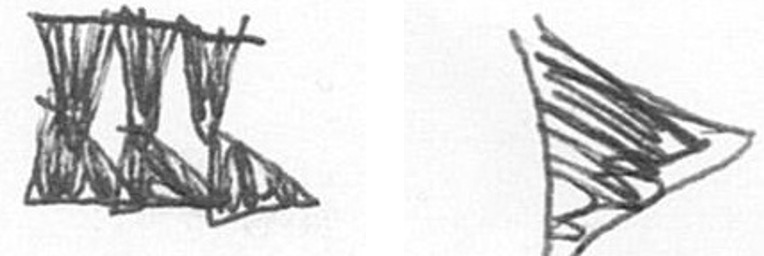
D T